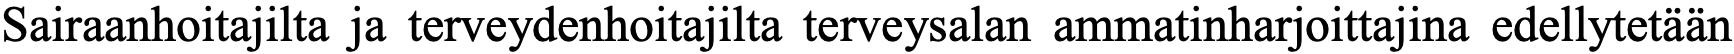
Sairaanhoitajilta ja terveydenhoitajilta terveysalan ammatinharjoittajina edellytetään